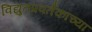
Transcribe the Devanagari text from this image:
विद्युतप्रवर्तकाच्या